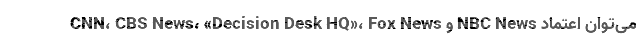
CNN، CBS News، «Decision Desk HQ»، Fox News و NBC News می‌توان اعتماد